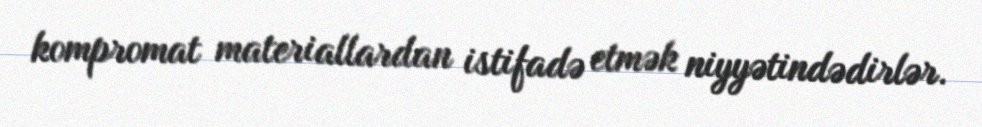
kompromat materiallardan istifadə etmək niyyətindədirlər.